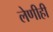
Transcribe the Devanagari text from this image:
लेणीही